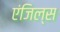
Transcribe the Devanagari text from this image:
एंजिल्स